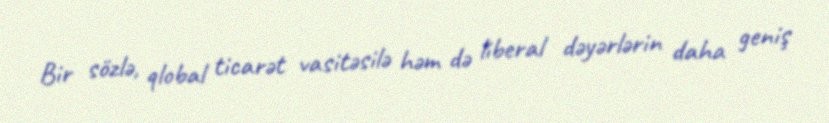
Bir sözlə, qlobal ticarət vasitəsilə həm də liberal dəyərlərin daha geniş